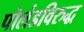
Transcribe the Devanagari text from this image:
पोलंडविरुद्ध